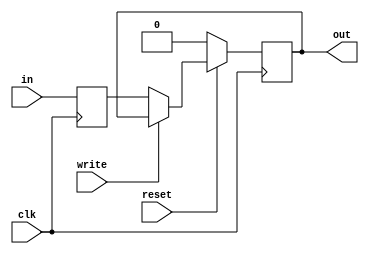
module reg1_0(clk, out, in, write, reset);

	output reg out;

	input      in;
	input      clk, write, reset;
	
	reg indata;
	
	always @(negedge clk)
		indata = in;
		
	always@(posedge clk) 
		begin
			if(reset==0) 
				begin
					out = 1'b0;
				end
			else if(write == 1'b0) 
				begin
					out = indata;
				end
		end
	
endmodule